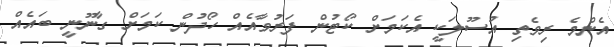
އެންމެ ރިވެތި އުސޫލަކީ އެކަމަށް ކޯޓުން ފަރުވާއެއް ހޯދުން ކަމަށް ގާނޫނީ ބައެއް